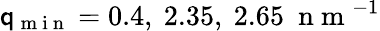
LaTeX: \mathsf{q}_{\mathrm{{~m~i~n~}}}=0.4,\ 2.35,\ 2.65\ \mathrm{{~n~m~}}^{-1}